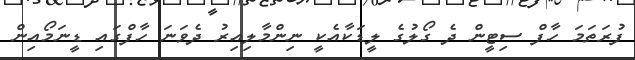
ފުރަތަމަ ހާފް ސިޓީން ދެ ގޯލުގެ ލީޑަކާއެކީ ނިންމާލިއިރު ދެވަނަ ހާފްގައި ޑީނަމޯއިން